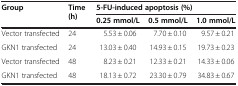
| Group | Time (h) | <COLSPAN=3> 5-FU-induced apoptosis (%) |
 |  |  | 0.25 mmol/L | 0.5 mmol/L | 1.0 mmol/L |
 | --- | --- | --- | --- | --- |
 | Vector transfected | 24 | 5.53 ± 0.06 | 7.70 ± 0.10 | 9.57 ± 0.21 |
 | GKN1 transfected | 24 | 13.03 ± 0.40 | 14.93 ± 0.15 | 19.73 ± 0.23 |
 | Vector transfected | 48 | 8.23 ± 0.21 | 12.33 ± 0.21 | 14.33 ± 0.06 |
 | GKN1 transfected | 48 | 18.13 ± 0.72 | 23.30 ± 0.79 | 34.83 ± 0.67 |